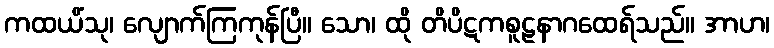
ကထယိံသု၊ လျောက်ကြကုန်ပြီ။ သော၊ ထို တိပိဋကစူဠနာဂထေရ်သည်။ အာဟ၊